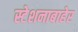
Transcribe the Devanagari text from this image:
स्टेशनाबाहेर